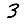
Digit: 3